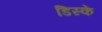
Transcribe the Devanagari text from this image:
डिस्कें